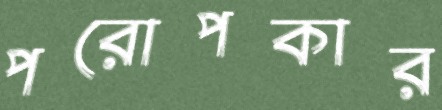
পরোপকার